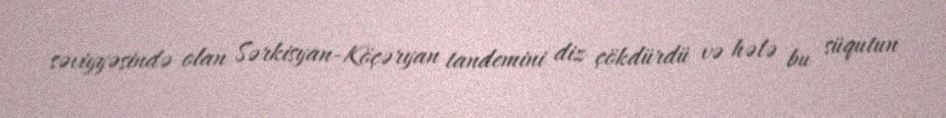
səviyyəsində olan Sərkisyan-Köçəryan tandemini diz çökdürdü və hələ bu süqutun